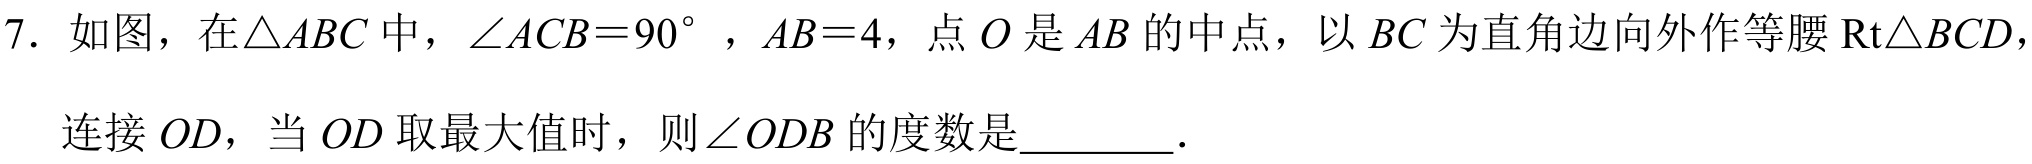
7. 如图，在\(\triangle ABC\)中，\(\angle ACB = 90^{\circ}\)，\(AB = 4\)，点\(O\)是\(AB\)的中点，以\(BC\)为直角边向外作等腰\(\text{Rt}\triangle BCD\)，
连接\(OD\)，当\(OD\)取最大值时，则\(\angle ODB\)的度数是  ．